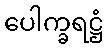
ပေါက္ခရဋ္ဌံ